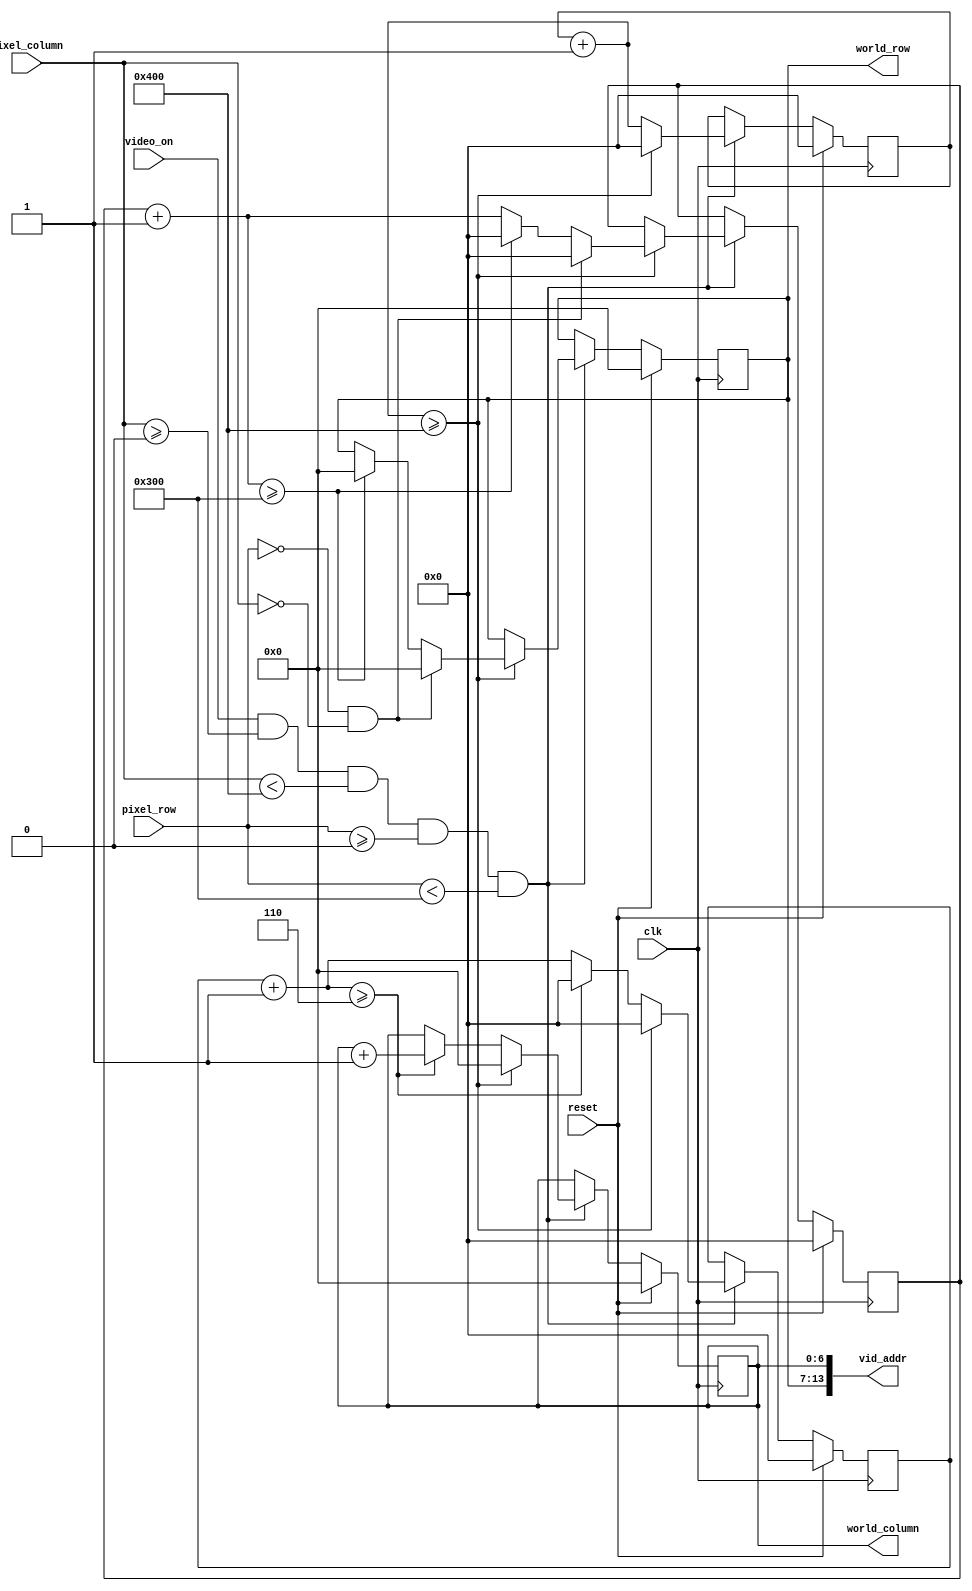
// vga_scaler.v
// Thong & Deepen
//
// Determine the corresponding map address for a given screen position 

module vga_scaler
#(
  parameter SCREEN_TO_WORLD_RATIO_COL = 6,
  parameter SCREEN_TO_WORLD_RATIO_ROW = 6,
  parameter MAX_SCREEN_COLS = 1024,
  parameter MAX_SCREEN_ROWS = 768
)(
  input             clk, reset,                 // clock & reset signals
  input      [11:0] pixel_row, pixel_column,    // input pixel coordinates
  input             video_on,                   // video_on signal from the dtg
  output reg [ 6:0] world_row, world_column,    // corresponding row & column with thr pixel coordinates
  output     [13:0] vid_addr                    // concatenation of {world row, world column}
);

  // ==================================================
  // DECLARATIONS
  // ==================================================
  
  // count to SCREEN_TO_WORLD_RATIO_COL & SCREEN_TO_WORLD_RATIO_ROW
  reg [31:0] count_col, count_row;
  
  // count to MAX_SCREEN_COLS & MAX_SCREEN_ROWS
  reg [31:0] accum_cols, accum_rows;
  
  // enable signal: ON when video_on AND pixel_col, pixel_column is in range 
  wire enable;
  
  // ==================================================
  // LOGIC
  // ==================================================
  
  // assign video address
  assign vid_addr = {world_row, world_column};
  
  // determine enable signal
  assign enable = video_on && (pixel_column >= 0) && (pixel_column < MAX_SCREEN_COLS) && (pixel_row >= 0) && (pixel_row < MAX_SCREEN_ROWS);
  
  // counting & adjust corresponding world position
  always @(posedge clk) begin
    if (reset) begin
      world_row <= 0;
      world_column <= 0;
      
      count_col <= 0;
      count_row <= 0;
      
      accum_cols <= 0;
      accum_rows <= 0;
    end
    else if (enable) begin
      
      // increase column info
      count_col  <= count_col  + 1;
      accum_cols <= accum_cols + 1;
      
      // check to increase world column
      if (count_col + 1 >= SCREEN_TO_WORLD_RATIO_COL) begin
        count_col <= 0;
        world_column <= world_column + 1;
      end
      
      // check to increase world row
      if (accum_cols + 1 >= MAX_SCREEN_COLS) begin
      
        // reset all column info to 0
        count_col <= 0;
        accum_cols <= 0;
        world_column <= 0;
        
        // increase row info
        count_row <= count_row + 1;
        accum_rows <= accum_rows + 1;
        
        // reset row info as well if the entire screen has been traversed
        if (accum_rows + 1 >= MAX_SCREEN_ROWS) begin
          count_row <= 0;
          accum_rows <= 0;
          world_row <= 0;  
        end
        
        // double check reset: when both pixel coordinates are 0
        if (pixel_row == 0 && pixel_column == 0) begin
          world_row <= 0;
          world_column <= 0;
          
          count_col <= 0;
          count_row <= 0;
          
          accum_cols <= 0;
          accum_rows <= 0;
        end
      end
    end
  end

endmodule